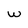
Character: w